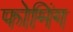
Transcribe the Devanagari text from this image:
फोमिंग